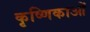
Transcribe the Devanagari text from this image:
कृष्णिकाओं